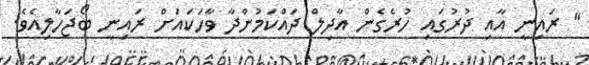
" ރައިނީ އާއި ދުރުގައި ހުރެގެން އާދިލް ދައްކަމުންދާ ވާހަކައަށް ރައިނީ ބޯޖަހާލިއެވެ.